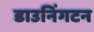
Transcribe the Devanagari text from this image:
डाउनिंगटन